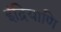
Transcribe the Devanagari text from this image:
इंद्रियाणि